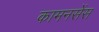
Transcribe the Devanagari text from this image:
कामनसेंस